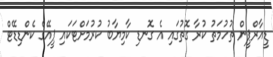
ޑީއާރްޕީން ތުހުމަތު ކުރާ ގޮތުގައި އެ ގޮނޑި ކާމިޔާބު ކުރުމަށްޓަކައި ޕީއޭގެ ކެންޑިޑޭޓް